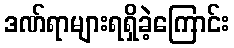
ဒဏ်ရာများရရှိခဲ့ကြောင်း